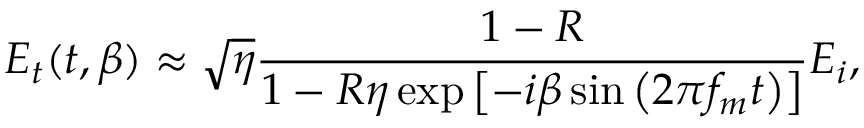
E _ { t } ( t , \beta ) \approx \sqrt { \eta } \frac { 1 - R } { 1 - R \eta \exp \left[ - i \beta \sin \left( 2 \pi f _ { m } t \right) \right] } E _ { i } ,